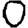
Digit: 0